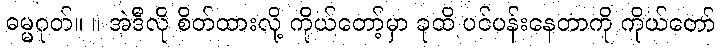
ဓမ္မဂုတ်။ ။ အဲဒီလို စိတ်ထားလို့ ကိုယ်တော့်မှာ ခုထိ ပင်ပန်းနေတာကို ကိုယ်တော်